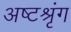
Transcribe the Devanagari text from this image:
अष्टश्रृंग